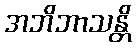
အဘိဘာသန္တိ